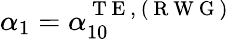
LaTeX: \alpha_{1}=\alpha_{10}^{\mathrm{~T~E~,~(~R~W~G~)~}}